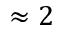
\approx 2